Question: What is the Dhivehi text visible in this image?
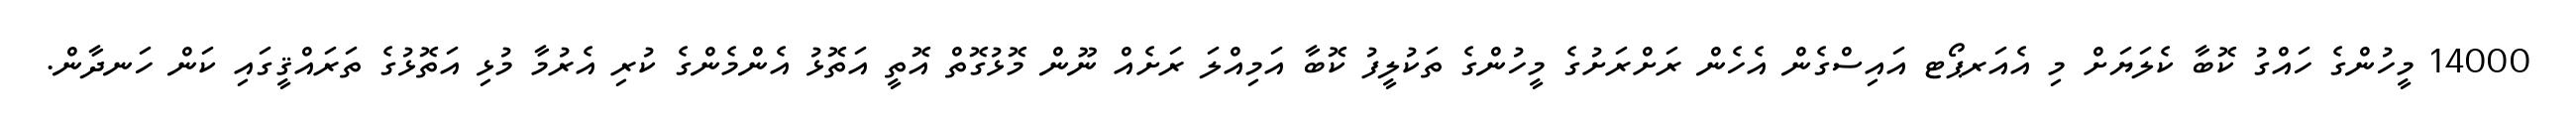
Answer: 14000 މީހުންގެ ހައްގު ކޮބާ ކެލަޔަށް މި އެއަރޕޯޓ އައިސްގެން އެހެން ރަށްރަށުގެ މީހުންގެ ތަކުލީފު ކޮބާ އަމިއްލަ ރަށެއް ނޫން މޮޅުގޮތް އޮތީ އަތޮޅު އެންމެންގެ ކުރި އެރުމާ މުޅި އަތޮޅުގެ ތަރައްޤީގައި ކަން ހަނދާން.